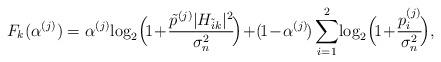
LaTeX: \begin{align*}F_k(\alpha^{(j)}) = \alpha^{(j)}\!\log_2\!\Big(\!1\!+\!\frac{\tilde{p}^{(j)}|H_{\tilde{i}k}|^2}{\sigma^2_n}\!\Big) \!+ \! (\!1\!-\!\alpha^{(j)}\!)\sum_{i=1}^{2}\!\log_2\!\Big(\!1\!+\!\frac{p_{i}^{(j)}}{\sigma^2_n}\!\Big), \end{align*}